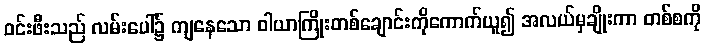
ဝင်းဖီးသည် လမ်းပေါ်၌ ကျနေသော ဝါယာကြိုးတစ်ချောင်းကိုကောက်ယူ၍ အလယ်မှချိုးကာ တစ်စကို